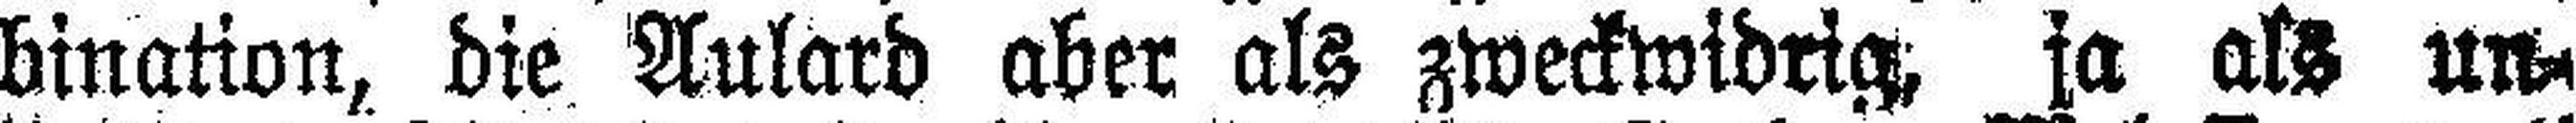
bination, die Aulard aber als zweckwidrig, ja als un¬